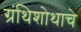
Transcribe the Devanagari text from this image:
ग्रंथिशोथाचे